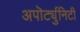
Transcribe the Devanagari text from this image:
अपॊर्ट्युनिटी